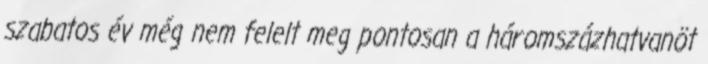
szabatos év még nem felelt meg pontosan a háromszázhatvanöt